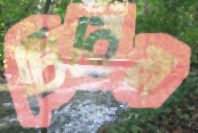
চিরেন